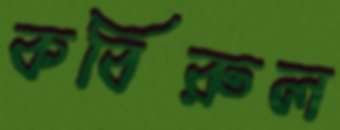
কবিরুল